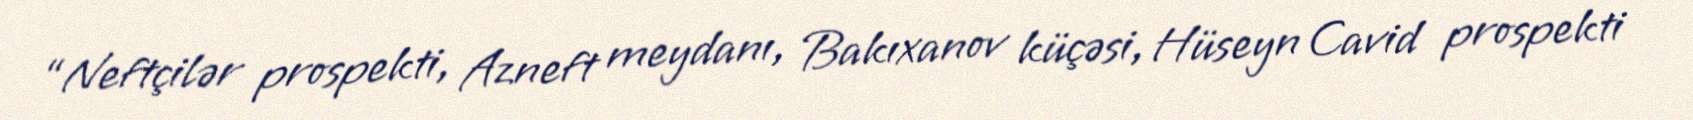
“Neftçilər prospekti, Azneft meydanı, Bakıxanov küçəsi, Hüseyn Cavid prospekti